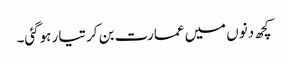
کچھ دنوں میں عمارت بن کر تیار ہوگئی۔